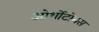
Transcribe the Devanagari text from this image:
ओर्थोटोमस